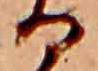
る